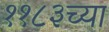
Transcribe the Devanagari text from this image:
११८३च्या